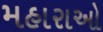
મહારાઓ